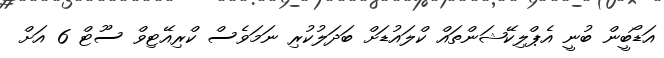
އަޑޯބީން ބުނީ އެޕްލިކޭޝަންތައް ކްލައުޑަށް ބަދަލުކުރި ނަމަވެސް ކްރިއޭޓިވް ސޫޓް 6 އަށް